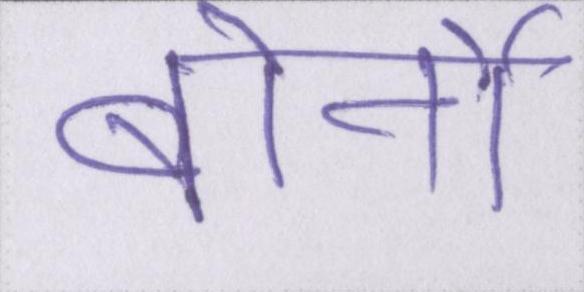
बोर्नो